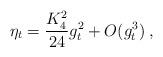
LaTeX: \begin{align*}\eta_t = \frac{K_4^2}{24} g_t^2 + O ( g_t^3) \; ,\end{align*}